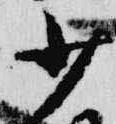
少